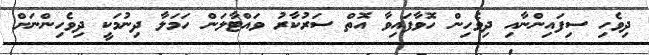
ދިވެހި ސިފައިންނާއި ދިވެހިން ހޮވާފައިވާ އޮތް ސަރުކާރު ވައްޓާލަން ހަމަލާ ދިނުމަކީ ދިވެހިންނަށް